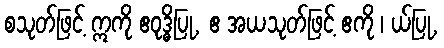
စသုတ်ဖြင့် ဣကို ဧဝုဒ္ဓိပြု, ဧ အယသုတ်ဖြင့် ဧကို ၊ ယ်ပြု,